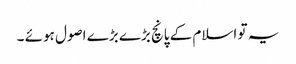
یہ تو اسلام کے پانچ بڑے بڑے اصول ہوئے ۔